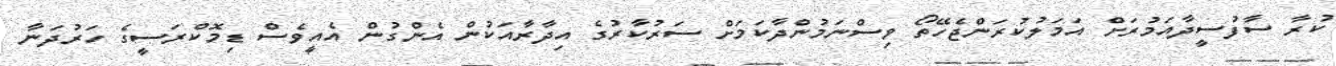
ކުރާ ސާފުސީދާއަމުރަށް އަމަލުކުރަންޖެހޭތޯ ވިސްނަމުންދާކަމަށް ސަރުކާރުގެ އިދާރާއަކުން އެންގުން އެއީވެސް ޑިމޮކްރަސީގެ ހަރުދަނާ